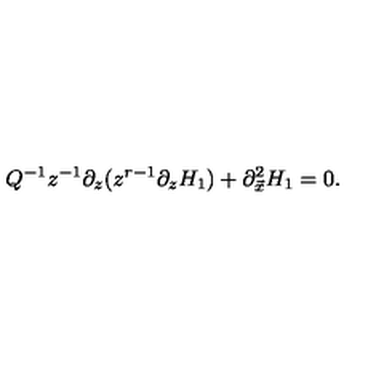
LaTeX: Q ^ { - 1 } z ^ { - 1 } \partial _ { z } ( z ^ { r - 1 } \partial _ { z } H _ { 1 } ) + \partial _ { \vec { x } } ^ { 2 } H _ { 1 } = 0 .